Indian Medical Review
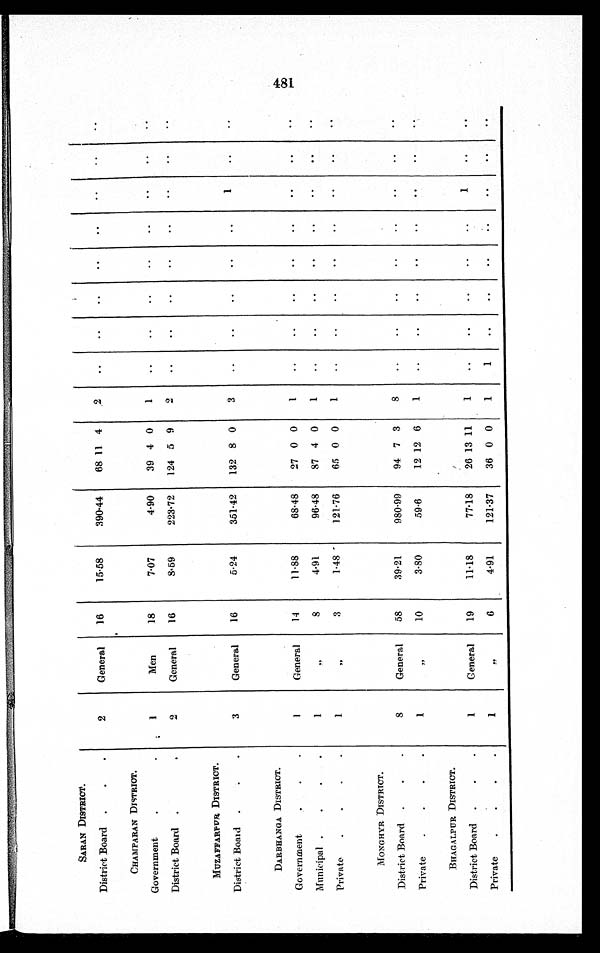
SARAN DISTRICT.
2
General
16
15.58
390.44
68 11 4
2
..
..
..
..
..
. .
..
..
District Board
.
.
.
CHAMPARAN DISTRICT.
1
Men
18
7.07
4.90
39 4 0
1
..
..
. .
..
..
..
..
..
Government
.
•
District Board
.
2
General
16
8.59
223.72
124 5 9
2
..
. .
. .
..
..
. .
. . ..
MUZAFFARPUR DISTRICT.
3
General
16
5.24
351.42
132 8 0
3
. .
. .
. .
. .
..
1
. .
. .
District Board
.
.
.
DARBHANGA DISTRICT.
1
General
14
11.88
68.48
27 0 0
1
. .
..
..
• •
..
• .
..
• •
Government
.
.
.
Municipal .
.
.
.
1
,,
8
4.91
96.48
87 4 0
1
..
. .
..
. .
. .
..
. .
. .
Private
.
.
.
.
1
,,
3
1.48
121.76
65 0 0
1
. . ..
. .
..
..
. .
..
. .
MONGHYR DISTRICT.
8
General
58
39.21
980.99
94 7 3
8
. .
..
..
. .
..
..
. .
. .
District Board
.
.
.
Private
. . . .
1
,,
10
3.80
59.6
12 12 6
1
. .
. .
. .
. .
..
. .
. .
. .
BHAGALPUR DISTRICT.
1
General
19
11.18
77.18
26 13 11
1
..
..
..
..
..
1
..
. .
District Board
.
.
.
Private
.
.
.
•
1
, ,
6
4.91
121-37
36 0 0
1
1
..
..
..
. .
..
. .
.